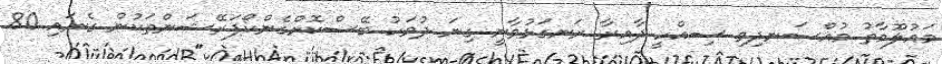
މައުލޫމާތު މުއްސަނދިވި ސިއްހީ ދާއިރާ ރަނގަޅުވާނީ ގިނަ ދުވަހު ބޭސްކޮށްގެންކޯޕަރޭޝަންތަކުން ގެނައި 80